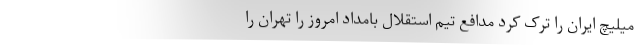
میلیچ ایران را ترک کرد مدافع تیم استقلال بامداد امروز را تهران را